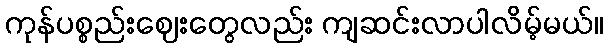
ကုန်ပစ္စည်းဈေးတွေလည်း ကျဆင်းလာပါလိမ့်မယ်။